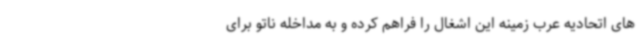
های اتحادیه عرب زمینه این اشغال را فراهم کرده و به مداخله ناتو برای